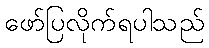
ဖော်ပြလိုက်ရပါသည်